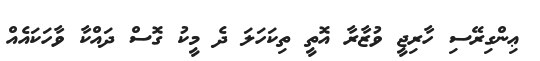
ޢިންގިރޭސި ހާރިޖީ ވުޒާރާ އޮތީ ތިކަހަލަ ދެ މީކު ގޮސް ދައްކާ ވާހަކައެއް